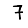
Digit: 7